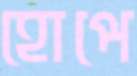
হোপে